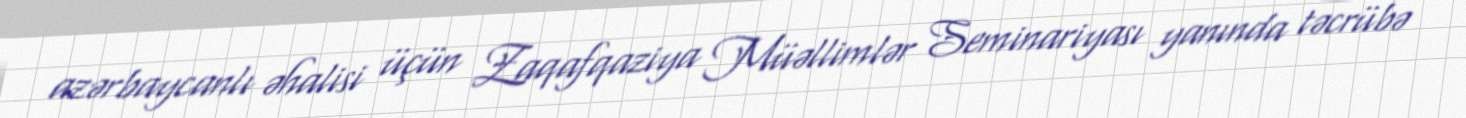
azərbaycanlı əhalisi üçün Zaqafqaziya Müəllimlər Seminariyası yanında təcrübə